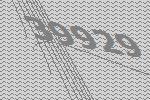
39929